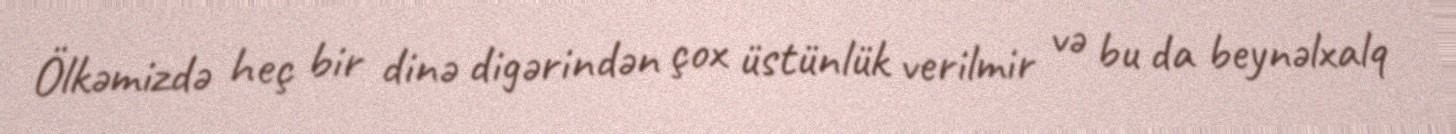
Ölkəmizdə heç bir dinə digərindən çox üstünlük verilmir və bu da beynəlxalq